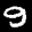
Label: 9